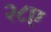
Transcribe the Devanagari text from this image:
२८ए